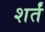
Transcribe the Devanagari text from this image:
शर्तं